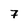
Character: 7